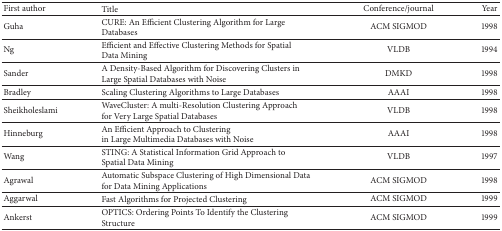
<table><thead><tr><td><b>First author </b></td><td><b> Title </b></td><td><b> Conference/journal </b></td><td><b> Year</b></td></tr></thead><tbody><tr><td>Guha </td><td> CURE: An Efficient Clustering Algorithm for Large Databases </td><td> ACM SIGMOD </td><td> 1998</td></tr><tr><td>Ng </td><td> Efficient and Effective Clustering Methods for SpatialData Mining </td><td> VLDB </td><td> 1994</td></tr><tr><td>Sander </td><td> A Density-Based Algorithm for Discovering Clusters in Large Spatial Databases with Noise </td><td> DMKD </td><td> 1998</td></tr><tr><td>Bradley </td><td> Scaling Clustering Algorithms to Large Databases </td><td> AAAI </td><td> 1998</td></tr><tr><td>Sheikholeslami </td><td> WaveCluster: A multi-Resolution Clustering Approachfor Very Large Spatial Databases </td><td> VLDB </td><td> 1998</td></tr><tr><td>Hinneburg </td><td> An Efficient Approach to Clusteringin Large Multimedia Databases with Noise </td><td> AAAI </td><td> 1998</td></tr><tr><td>Wang </td><td> STING: A Statistical Information Grid Approach to Spatial Data Mining </td><td> VLDB </td><td> 1997</td></tr><tr><td>Agrawal </td><td> Automatic Subspace Clustering of High Dimensional Datafor Data Mining Applications </td><td> ACM SIGMOD </td><td> 1998</td></tr><tr><td>Aggarwal </td><td> Fast Algorithms for Projected Clustering </td><td> ACM SIGMOD </td><td> 1999</td></tr><tr><td>Ankerst </td><td> OPTICS: Ordering Points To Identify the Clustering Structure </td><td> ACM SIGMOD </td><td> 1999</td></tr></tbody></table>